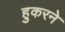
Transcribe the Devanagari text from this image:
हुकरने